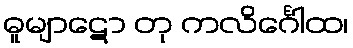
ဓူမျာဋော တု ကလိင်္ဂေါထ၊